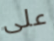
على